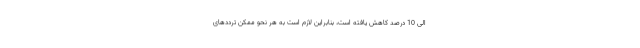
الی 10 درصد کاهش یافته است، بنابراین لازم است به هر نحو ممکن ترددهای